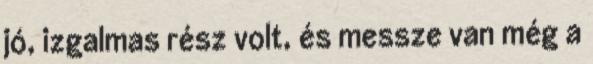
jó, izgalmas rész volt, és messze van még a